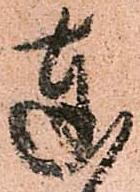
達